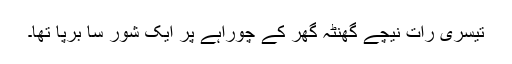
تیسری رات نیچے گھنٹہ گھر کے چوراہے پر ایک شور سا برپا تھا۔